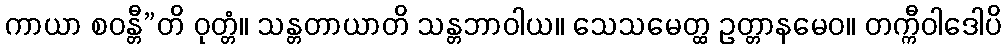
ကာယာ စဝန္တီ”တိ ဝုတ္တံ။ သန္တတာယာတိ သန္တဘာဝါယ။ သေသမေတ္ထ ဥတ္တာနမေဝ။ တက္ကီဝါဒေါပိ